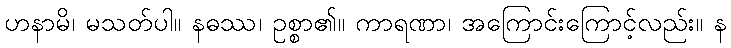
ဟနာမိ၊ မသတ်ပါ။ နဓဿ၊ ဥစ္စာ၏။ ကာရဏာ၊ အကြောင်းကြောင့်လည်း။ န